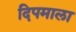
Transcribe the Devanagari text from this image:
दिपमाला